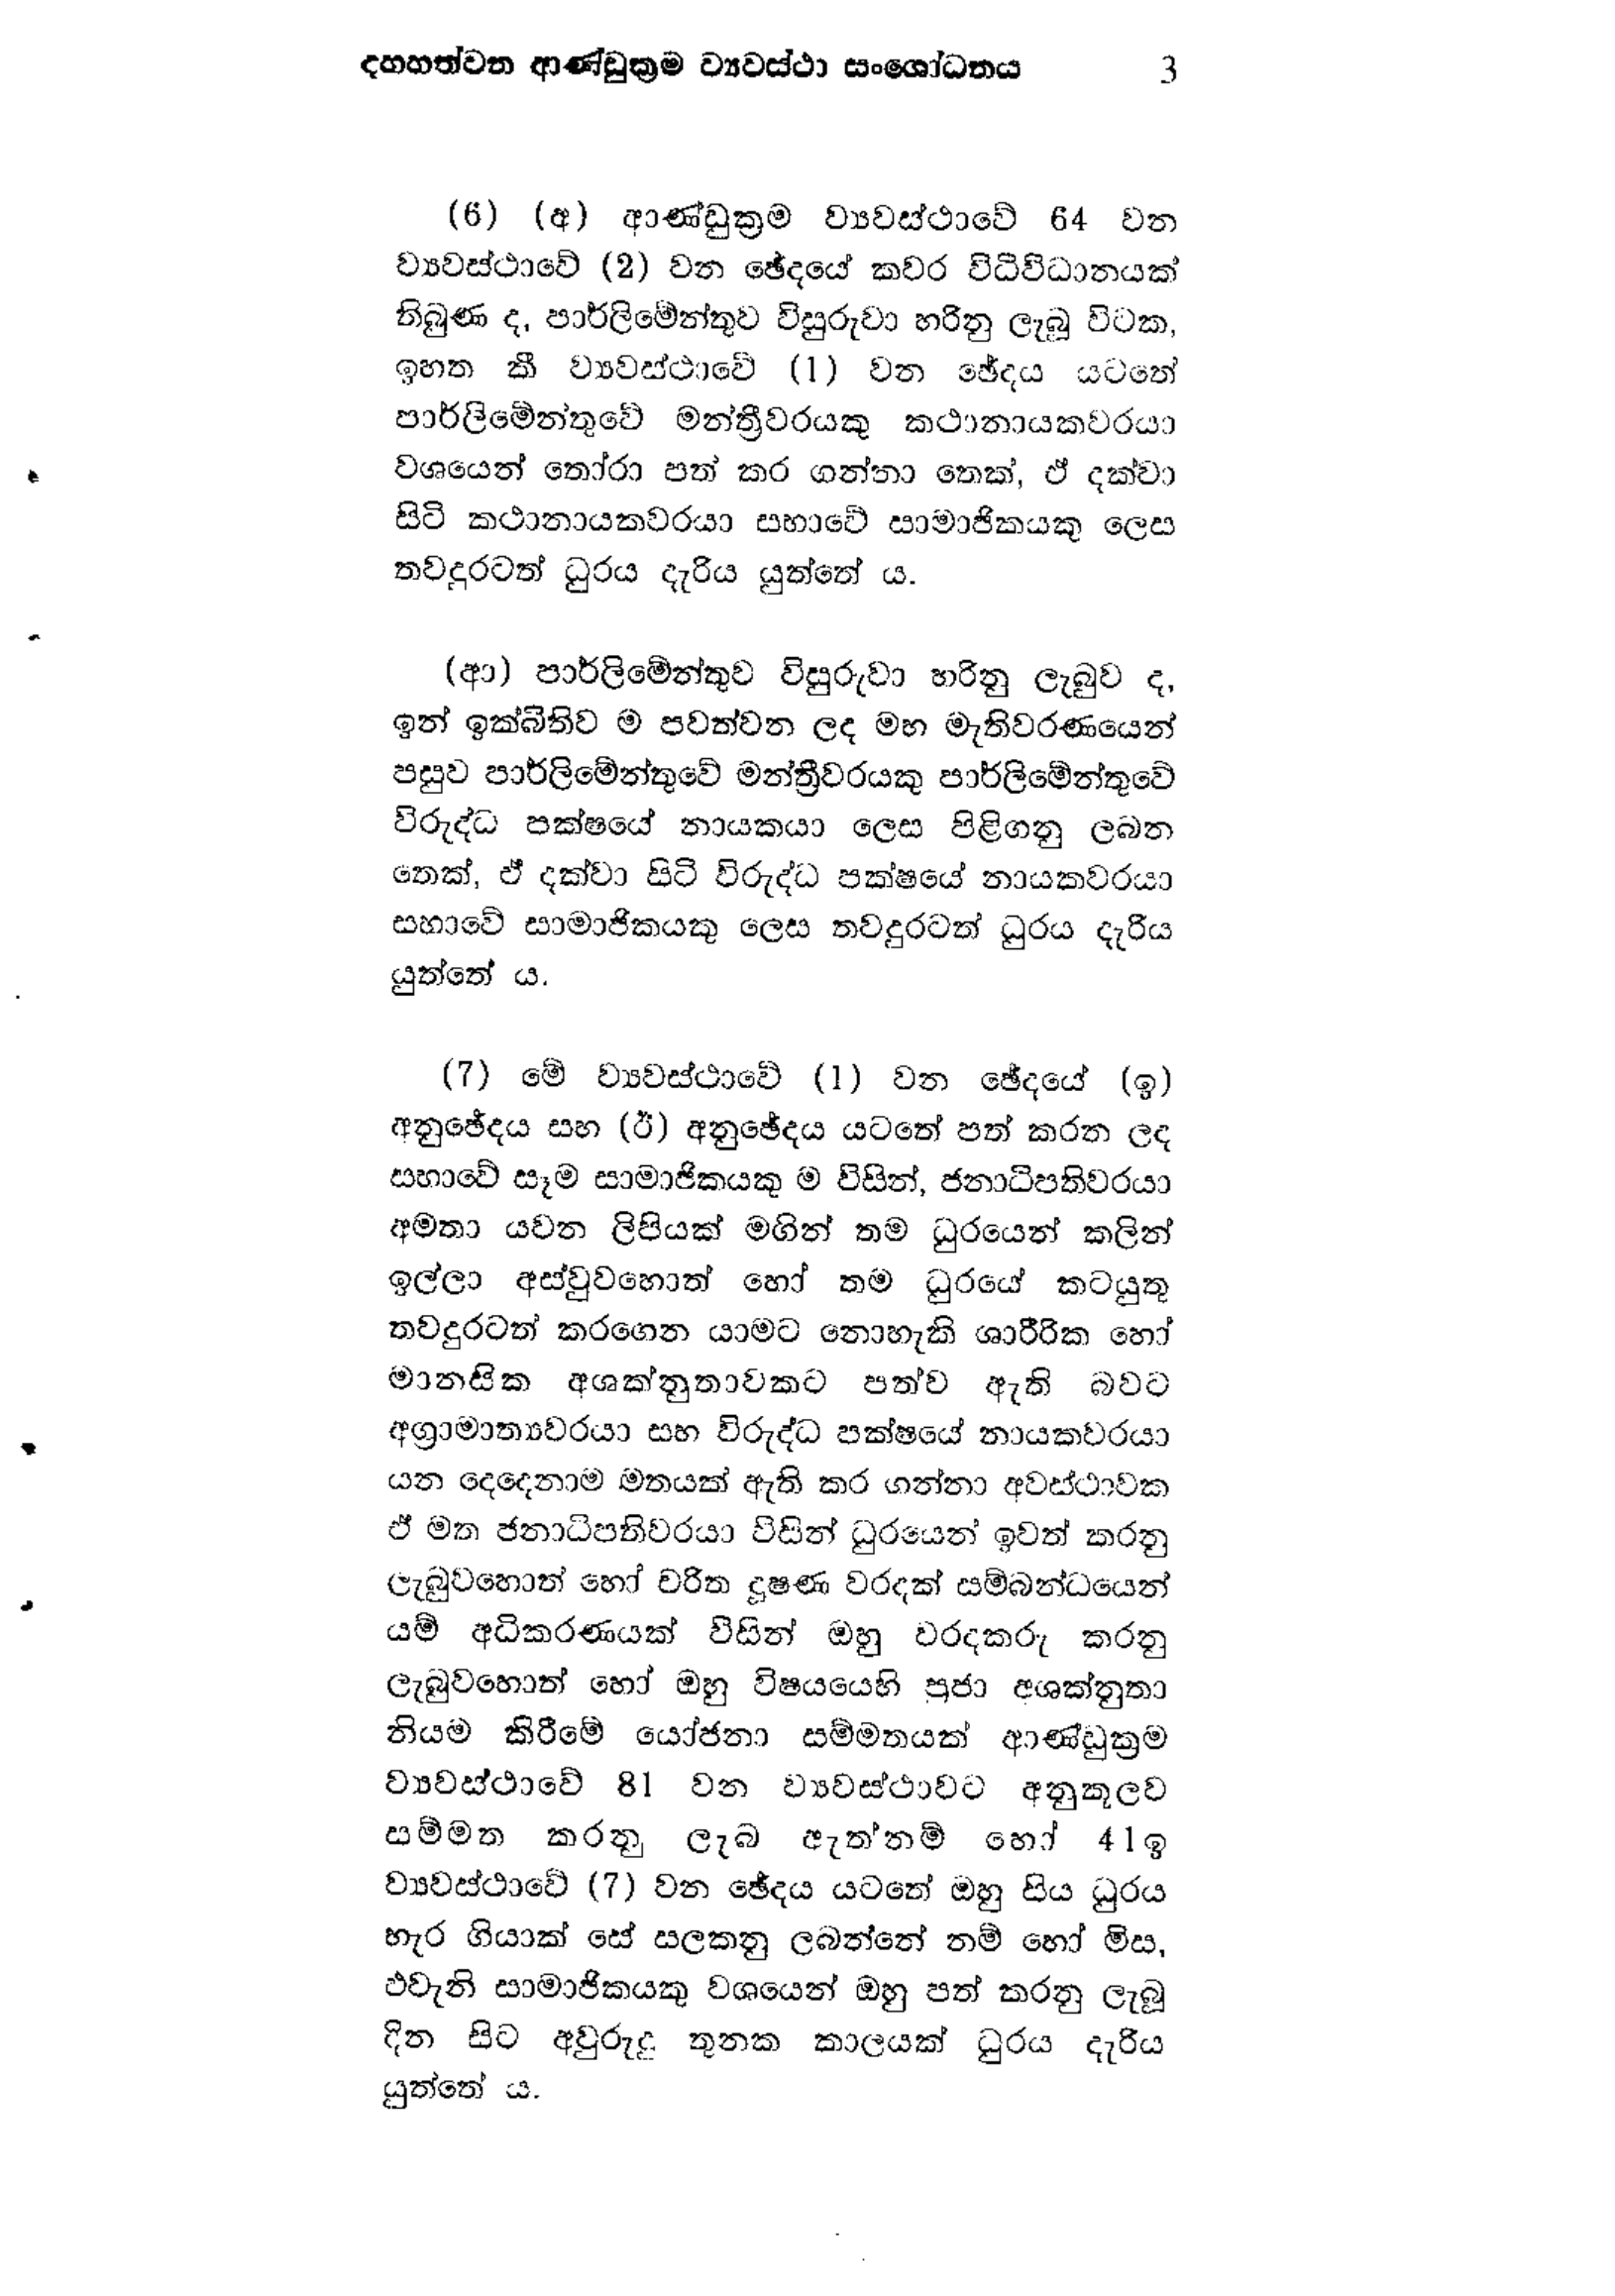
දහහත්වන ආණ්ඩුක්‍රම ව්‍යවස්ථා සංශෝධනය 3

(6) (අ) ආණ්ඩුක්‍රම ව්‍යවස්ථාවේ 64 වන
ව්‍යවස්ථාවේ (2) වන ඡේදයේ කවර විධිවිධානයක්
තිබුණ ද, පාර්ලිමේන්තුව විසුරුවා හරිනු ලැබූ විටක,
ඉහත කී ව්‍යවස්ථාවේ (1) වන ඡේදය යටතේ
පාර්ලිමේන්තුවේ මන්ත්‍රීවරයකු කථානායකවරයා
වශයෙන් තෝරා පත් කර ගන්නා තෙක්, ඒ දක්වා
සිටි කථානායකවරයා සභාවේ සාමාජිකයකු ලෙස
තවදුරටත් ධුරය දැරිය යුත්තේ ය.

(ආ) පාර්ලිමේන්තුව විසුරුවා හරිනු ලැබුව ද,
ඉන් ඉක්බිතිව ම පවත්වන ලද මහ මැතිවරණයෙන්
පසුව පාර්ලිමේන්තුවේ මන්ත්‍රීවරයකු පාර්ලිමේන්තුවේ
විරුද්ධ පක්ෂයේ නායකයා ලෙස පිළිගනු ලබන
තෙක්, ඒ දක්වා සිටි විරුද්ධ පක්ෂයේ නායකවරයා
සහාවේ සාමාජිකයකු ලෙස තවදුරටත් ධුරය දැරිය
යුත්තේ ය.

(7) මේ ව්‍යවස්ථාවේ (1) වන ඡේදයේ (ඉ)
අනුඡේදය සහ (ඊ) අනුඡේදය යටතේ පත් කරන ලද
සභාවේ සෑම සාමාජිකයකුම විසින්, ජනාධිපතිවරයා
අමතා යවන ලිපියක් මගින් තම ධුරයෙන් කලින්
ඉල්ලා අස්වුවහොත් හෝ තම ධුරයේ කටයුතු
තවදුරටත් කරගෙන යාමට නොහැකි ශාරීරික හෝ
මානසික අශක්නුතාවකට පත්ව ඇති බවට
අග්‍රාමාත්‍යවරයා සහ විරුද්ධ පක්ෂයේ නායකවරයා
යන දෙදෙනාම මතයක් ඇති කර ගන්නා අවස්ථාවක
ඒ මත ජනාධිපතිවරයා විසින් ධුරයෙන් ඉවත් කරනු
ලැබුව හොත් හෝ චරිත දූෂණ වරදක් සම්බන්ධයෙන්
යම් අධිකරණයක් විසින් ඔහු වරදකරු කරනු
ලැබුවහොත් හෝ ඔහු විෂයයෙහි ප්‍රජා අශක්නුතා
නියම කිරීමේ යෝජනා සම්මතයක් ආණ්ඩුක්‍රම
ව්‍යවස්ථාවේ 81 වන ව්‍යවස්ථාවට අනුකූලව
සම්මත කරනු ලැබ ඇත්නම් හෝ 41ඉ
ව්‍යවස්ථාවේ (7) වන ඡේදය යටතේ ඔහු සිය ධුරය
හැර ගියාක් සේ සලකනු ලබන්නේ නම් හෝ මිස,
එවැනි සාමාජිකයකු වශයෙන් ඔහු පත් කරනු ලැබූ
දින සිට අවුරුදු තුනක කාලයක් ධුරය දැරිය
යුත්තේ ය.